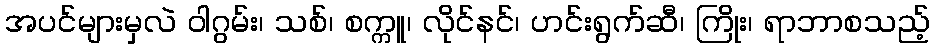
အပင်များမှလဲ ဝါဂွမ်း၊ သစ်၊ စက္ကူ၊ လိုင်နင်၊ ဟင်းရွက်ဆီ၊ ကြိုး၊ ရာဘာစသည့်